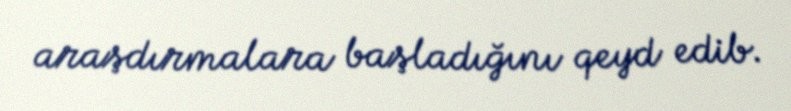
araşdırmalara başladığını qeyd edib.